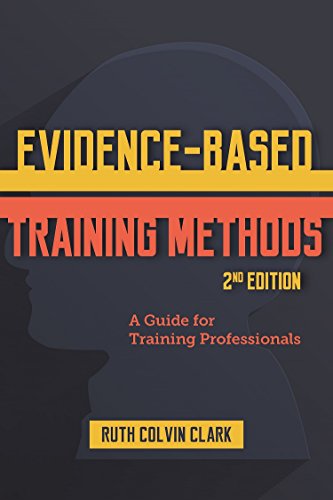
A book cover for Evidence-Based Training Methods, 2nd Edition; Ruth Clark; Medical Books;